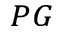
_ { P G }